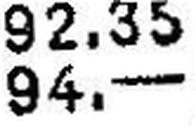
94.—